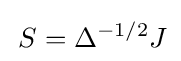
\,S=\Delta ^{-1/2}J